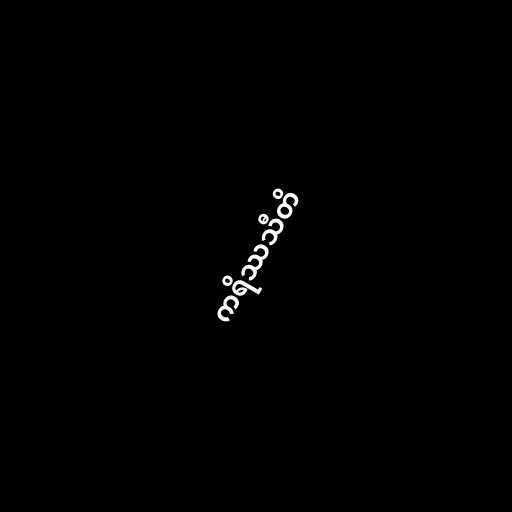
ကရိဿသီတိ